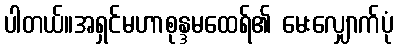
ပါတယ်။အရှင်မဟာစုန္ဒမထေရ်၏ မေးလျှောက်ပုံ